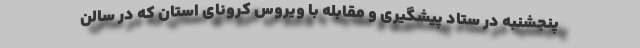
پنجشنبه در ستاد پیشگیری و مقابله با ویروس کرونای استان که در سالن